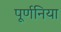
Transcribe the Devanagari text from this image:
पूर्णनिया